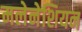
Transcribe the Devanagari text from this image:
मलेनेशियन